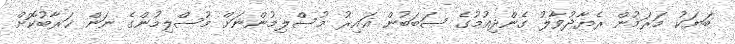
ބަޔަކު މަރަމުން ރެޔާދުވާލު ގެންދިއުމުގެ ސަބަބުން ޣައިރު މުސްލިމުންނަށް މުސްލިމުންގެ ނަން ޚަރާބުކޮށް